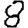
Digit: 8